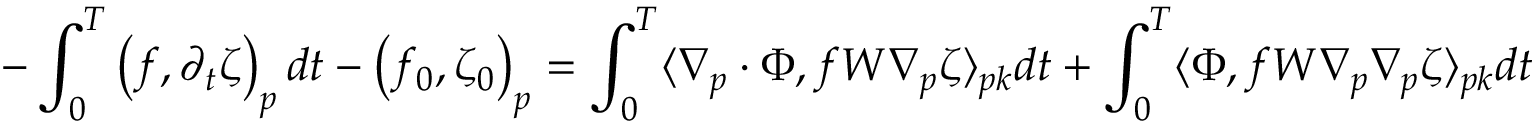
- \int _ { 0 } ^ { T } \left( f , \partial _ { t } \zeta \right) _ { p } d t - \left( f _ { 0 } , \zeta _ { 0 } \right) _ { p } = \int _ { 0 } ^ { T } \langle \nabla _ { p } \cdot \Phi , f W \nabla _ { p } \zeta \rangle _ { p k } d t + \int _ { 0 } ^ { T } \langle \Phi , f W \nabla _ { p } \nabla _ { p } \zeta \rangle _ { p k } d t